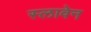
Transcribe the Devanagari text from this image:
स्लावेन